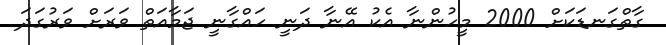
ގާތްގަނޑަކަށް 2000 މީހުންނާ އެކު އޭނާ ދަނީ ހައްގާނީ ޖަމާއަތް ވަރަށް ވަރުގަދަ